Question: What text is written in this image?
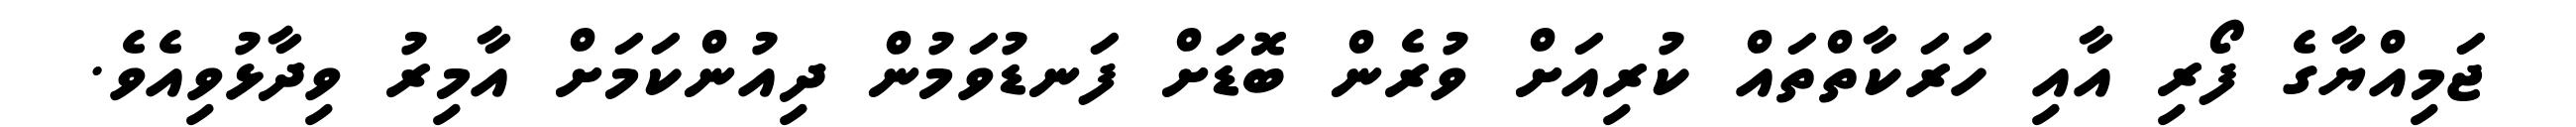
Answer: ޖަމިއްޔާގެ ފޯރި އާއި ހަރަކާތްތައް ކުރިއަށް ވުރެން ބޮޑަށް ފަނޑުވަމުން ދިއުންކަމަށް އާމިރު ވިދާޅުވިއެވެ.